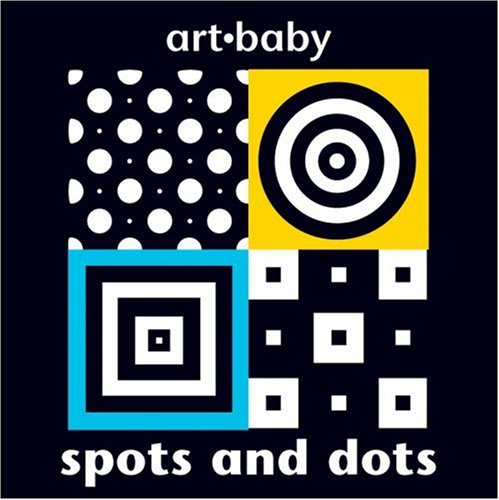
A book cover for Spots and Dots (Art-Baby); Chez Picthall; Children's Books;